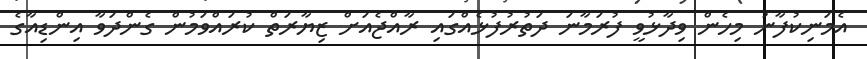
އެމަނިކުފާނު މިހެން ވިދާޅުވީ ފުރަމާނަ ދަތުރުފުޅެއްގައި ރާއްޖެއަށް ޒިޔާރަތް ކުރައްވަމުން ގެންދަވާ އިންޑިއާގެ